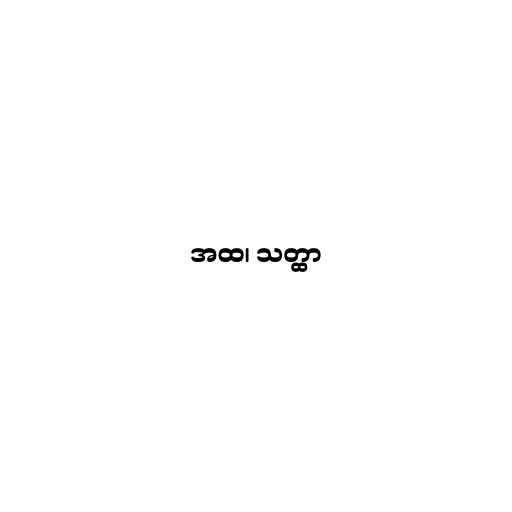
အထ၊ သတ္ထာ